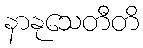
နာနုသေတီတိ